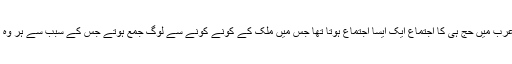
حج کے موقع پر منادی کی ہدایت اس وجہ سے ہوئی کہ عرب میں حج ہی کا اجتماع ایک ایسا اجتماع ہوتا تھا جس میں ملک کے کونے کونے سے لوگ جمع ہوتے جس کے سبب سے ہر وہ بات جو وہاں پھیل جائے پورے ملک میں پھیل جاتی تھی۔